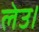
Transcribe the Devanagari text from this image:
लेउ।